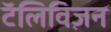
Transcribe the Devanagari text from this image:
टॅलिविज़न